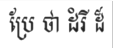
ប្រែ ថា ដំរី ដ៏